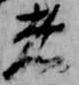
者